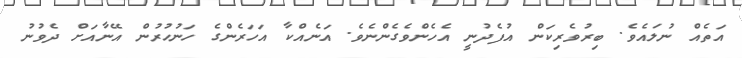
އަތެއް ނުލައެވެ. ބިރުވެރިކަން އުފެދުނީ އެހެންވެގެންނެވެ. އަނެއްކާ އަހަރެންގެ ހަނުހުރުން އޭނާއަށް ދެވުނު